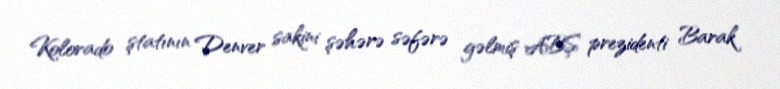
Kolorado ştatının Denver sakini şəhərə səfərə gəlmiş ABŞ prezidenti Barak